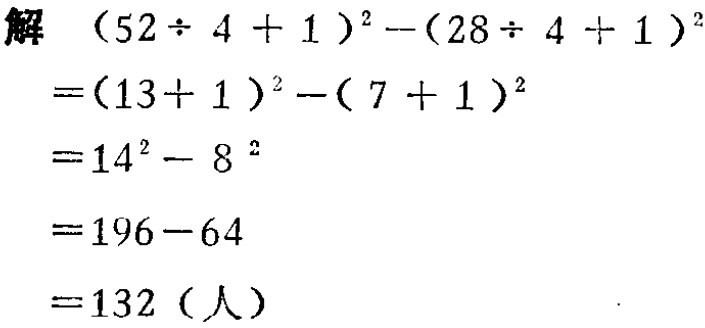
解

\[

\begin{align*}

&(52\div4 + 1)^2-(28\div4 + 1)^2\\

=&(13 + 1)^2-(7 + 1)^2\\

=&14^2 - 8^2\\

=&196 - 64\\

=&132 \text{（人）}

\end{align*}

\]